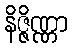
နိဇ္ဇိဏ္ဏာ